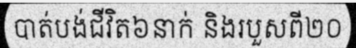
បាត់បង់ជីវិត៦នាក់ និងរបួសពី២០